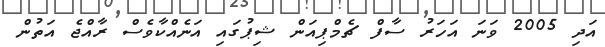
އަދި 2005 ވަނަ އަހަރު ސާފް ޗެމްޕިއަން ޝިޕުގައި އަނެއްކާވެސް ރާއްޖެ އަތުން